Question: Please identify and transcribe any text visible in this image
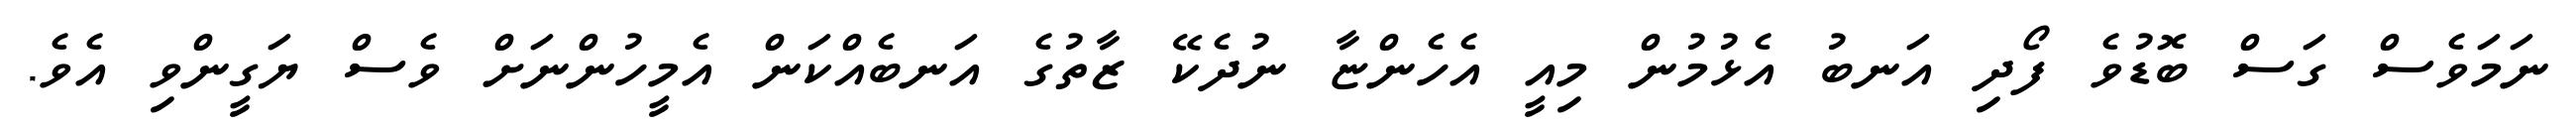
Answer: ނަމަވެސް ގަސް ބޮޑުވެ ފޯދި އަނބު އެޅުމުން މިއީ އެހެންޏާ ނުދެކޭ ޒާތުގެ އަނބެއްކަން އެމީހުންނަށް ވެސް ޔަގީންވި އެވެ.